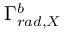
\Gamma _ { r a d , X } ^ { b }